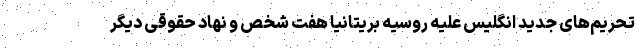
تحریم‌های جدید انگلیس علیه روسیه بریتانیا هفت شخص و نهاد حقوقی دیگر